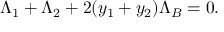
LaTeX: \Lambda _ { 1 } + \Lambda _ { 2 } + 2 ( y _ { 1 } + y _ { 2 } ) \Lambda _ { B } = 0 .